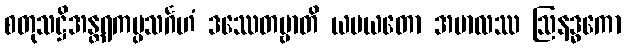
စတုသဋ္ဌိအန္တရကပ္ပသင်္ဂဟံ ဒဿေတဗ္ဗာတိ ယပယတော အဗာလဿ ဩနဒ္ဓကော